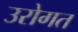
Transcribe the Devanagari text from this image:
उरोगत